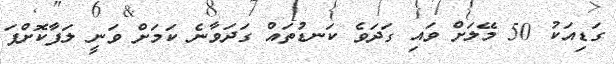
ގަޑިއަކު 50 މޭލަށް ވައި ގަދަވެ ކަނޑުތައް ގަދަވާނެ ކަމަށް ވަނީ ލަފާކޮށްފަ